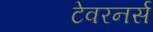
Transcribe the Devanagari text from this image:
टेवरनर्स